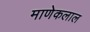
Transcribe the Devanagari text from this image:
माणेकलाल